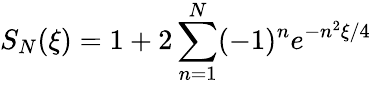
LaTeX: S_{N}(\xi)=1+2\sum_{n=1}^{N}(-1)^{n}e^{-n^{2}\xi/4}